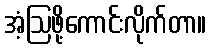
အံ့ဩဖို့ကောင်းလိုက်တာ။